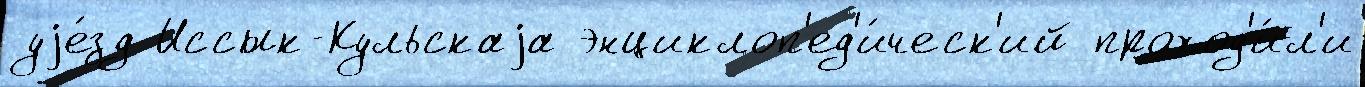
уjе́зд Иссык-Кульскаjа энциклоп'ед'и́ческ'ий проход'и́л'и